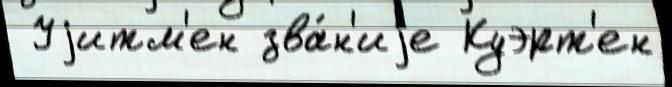
 Уjитм'ен зва́н'иjе Куэрт'ен